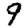
Digit: 9